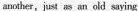
another,just as an old saying